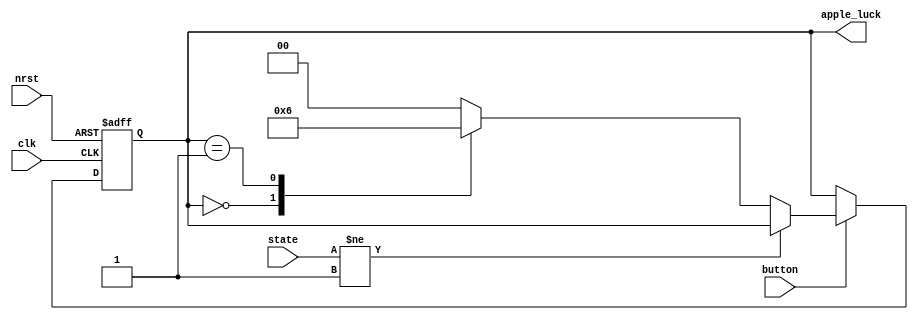
`default_nettype none
module t06_apple_luck_selector (
	button,
	nrst,
	clk,
	state,
	apple_luck
);
	reg _sv2v_0;
	input wire button;
	input wire nrst;
	input wire clk;
	input wire [1:0] state;
	output reg [1:0] apple_luck;
	reg [1:0] Qa;
	reg [1:0] Qna;
	always @(*) begin
		if (_sv2v_0)
			;
		case (Qa)
			2'b00: Qna = 2'b01;
			2'b01: Qna = 2'b10;
			2'b10: Qna = 2'b00;
			default: Qna = 2'b00;
		endcase
		if (state != 2'b01)
			Qna = Qa;
	end
	always @(negedge nrst or posedge clk)
		if (~nrst)
			Qa <= 2'b00;
		else if (button)
			Qa <= Qna;
		else
			Qa <= Qa;
	always @(*) begin
		if (_sv2v_0)
			;
		apple_luck = Qa;
	end
	initial _sv2v_0 = 0;
endmodule